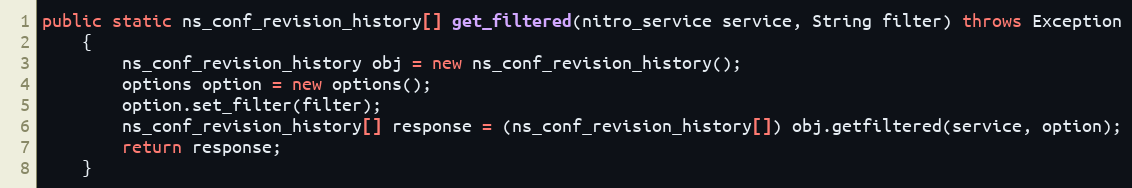
Language: Java
public static ns_conf_revision_history[] get_filtered(nitro_service service, String filter) throws Exception
	{
		ns_conf_revision_history obj = new ns_conf_revision_history();
		options option = new options();
		option.set_filter(filter);
		ns_conf_revision_history[] response = (ns_conf_revision_history[]) obj.getfiltered(service, option);
		return response;
	}